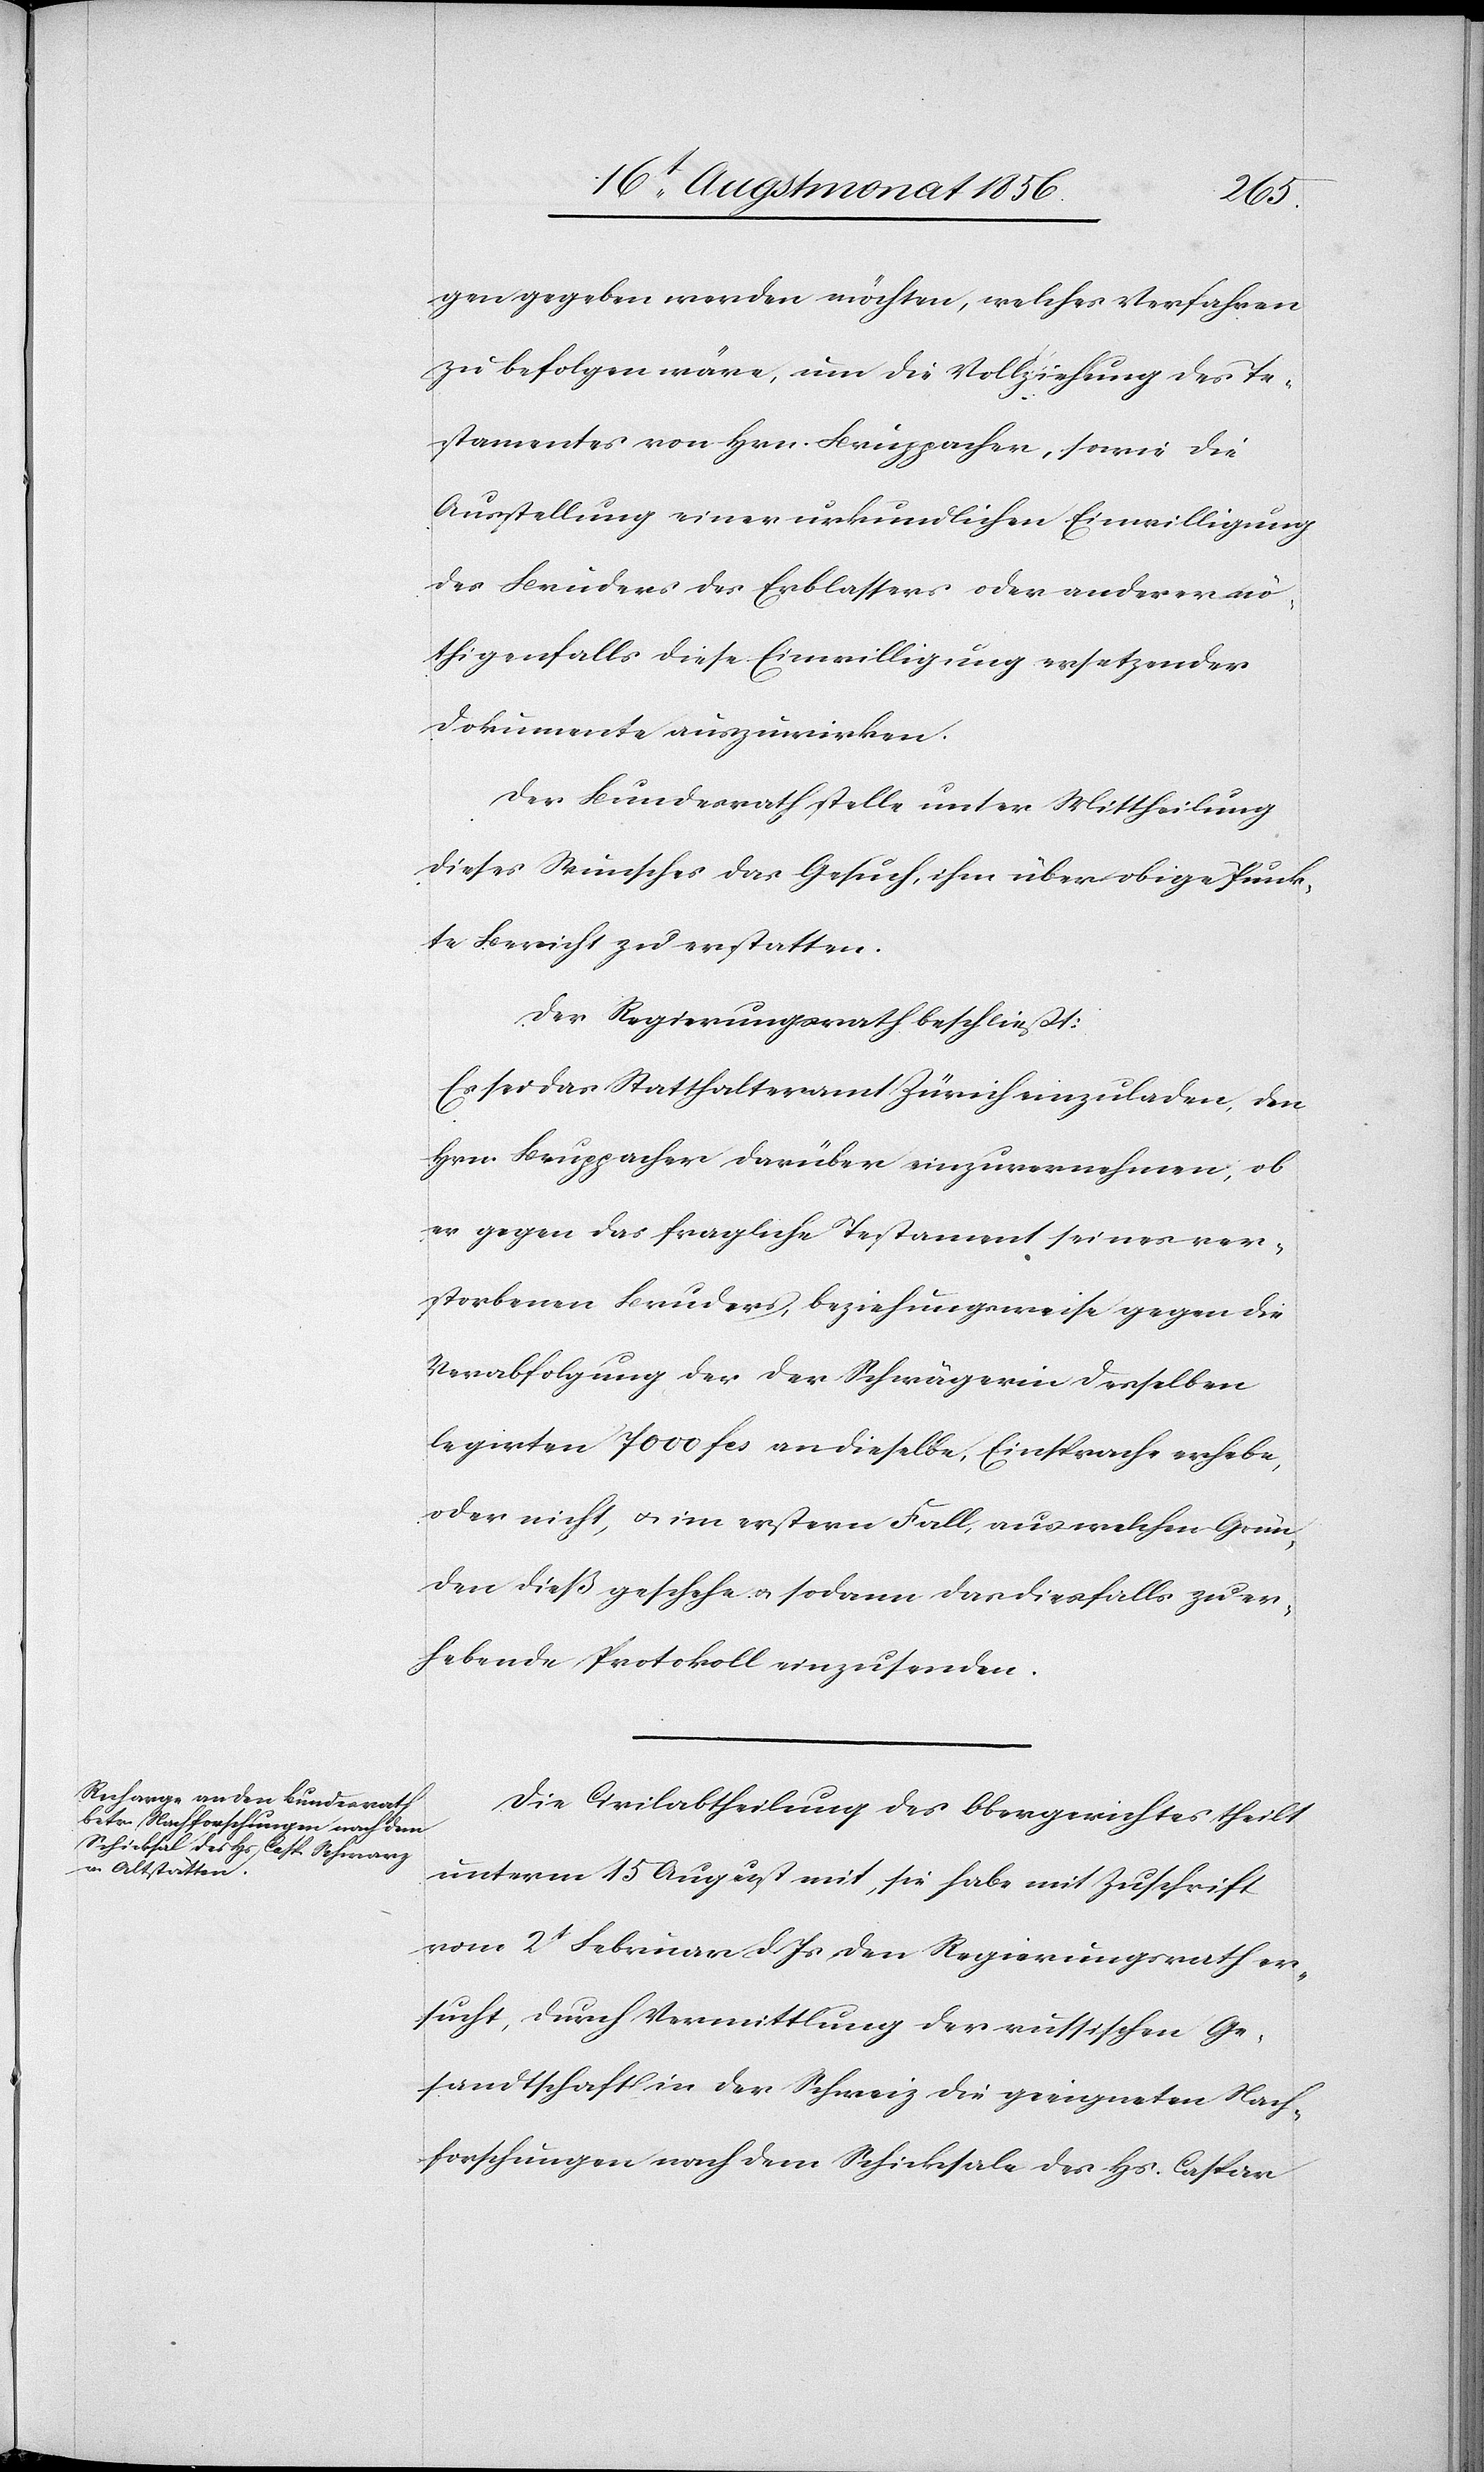
gen gegeben werden möchten, welches Verfahren
zu befolgen wäre, um die Vollziehung des Te¬
stamentes von Hrn. Bruppacher, sowie die
Ausstellung einer urkundlichen Einwilligung
des Bruders des Erblassers oder anderer nö¬
thigenfalls diese Einwilligung ersetzender
Dokumente auszuwirken.
Der Bundesrath stelle unter Mittheilung
dieses Wunsches das Gesuch, ihm über obige Punk¬
te Bericht zu erstatten.
Der Regierungsrath beschließt:
Es sei das Statthalteramt Zürich einzuladen, den
Hrn. Bruppacher darüber einzuvernehmen, ob
er gegen das fragliche Testament seines ver¬
storbenen Bruders, beziehungsweise gegen die
Verabfolgung der der Schwägerin desselben
legirten 7000 fcs an dieselbe, Einsprache erhebe,
oder nicht, u. im erstern Fall, aus welchen Grün¬
den dieß geschehe u. sodann das diesfalls zu er¬
hebende Protokoll einzusenden.
Die Civilabtheilung des Obergerichtes theilt
unterm 15 August mit, sie habe mit Zuschrift
vom 2t Februar d. Js den Regierungsrath er¬
sucht, durch Vermittlung der russischen Ge¬
sandtschaft in der Schweiz die geeigneten Nach¬
forschungen nach dem Schicksale des Hs. Caspar